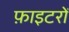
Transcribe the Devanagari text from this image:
फ़ाइटरों